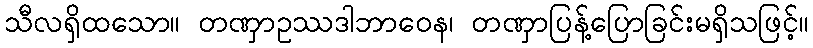
သီလရှိထသော။ တဏှာဥဿဒါဘာဝေန၊ တဏှာပြန့်ပြောခြင်းမရှိသဖြင့်။